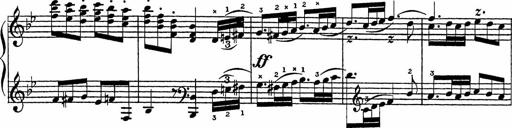
Title: Song of the River
Composer: Frederick Henry Pease